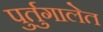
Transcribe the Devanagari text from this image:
पुर्तुगालेत